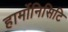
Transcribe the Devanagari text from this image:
हार्मोनिसिटि